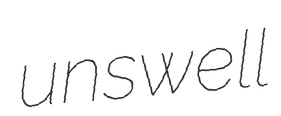
unswell